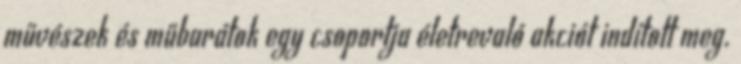
művészek és műbarátok egy csoportja életrevaló akciót indított meg.